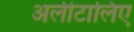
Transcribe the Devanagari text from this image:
अलीटालिए